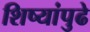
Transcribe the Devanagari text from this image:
शिष्यांपुढे